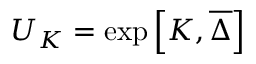
U _ { K } = \exp \left[ K , \overline { { { \Delta } } } \right]